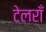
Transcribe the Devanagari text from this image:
टेलराँ